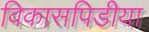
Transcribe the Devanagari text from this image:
विकासपिडीया